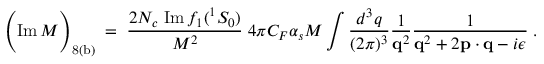
\Bigg ( \mathrm { I m \, } { \cal M } \Bigg ) _ { \mathrm { 8 ( b ) } } \; = \; { \frac { 2 N _ { c } \; \mathrm { I m \, } f _ { 1 } ( { } ^ { 1 } S _ { 0 } ) } { M ^ { 2 } } } \; 4 \pi C _ { F } \alpha _ { s } M \int { \frac { d ^ { 3 } q } { ( 2 \pi ) ^ { 3 } } } { \frac { 1 } { { \bf q } ^ { 2 } } } { \frac { 1 } { { \bf q } ^ { 2 } + 2 { \bf p } \cdot { \bf q } - i \epsilon } } \; .